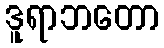
ဒူရာဘတော